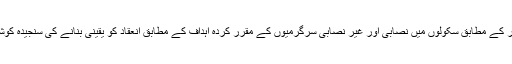
اکیڈیمک کیلنڈر کے مطابق سکولوں میں نصابی اور غیر نصابی سرگرمیوں کے مقرر کردہ اہداف کے مطابق انعقاد کو یقینی بنانے کی سنجیدہ کوششیں کی گئیں۔